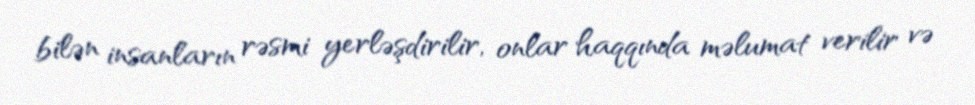
bilən insanların rəsmi yerləşdirilir, onlar haqqında məlumat verilir və